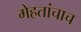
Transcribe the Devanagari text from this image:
मेहतांचाच